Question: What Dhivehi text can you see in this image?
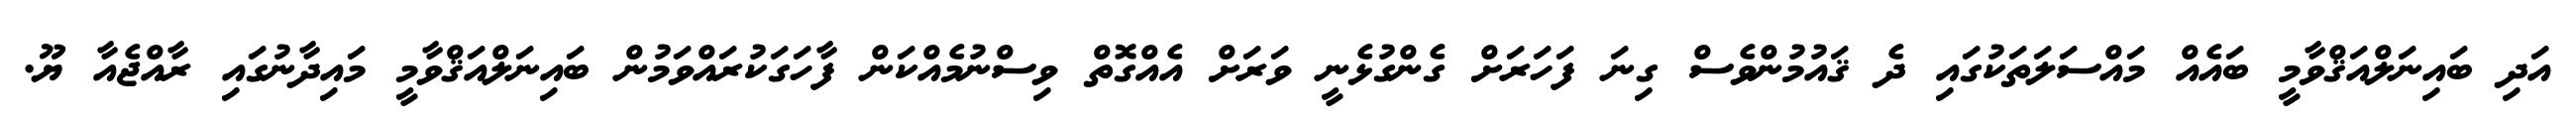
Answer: އަދި ބައިނަލްއަޤްވާމީ ބައެއް މައްސަލަތަކުގައި ދެ ޤައުމުންވެސް ގިނަ ފަހަރަށް ގެންގުޅެނީ ވަރަށް އެއްގޮތް ވިސްނުމެއްކަން ފާހަގަކުރައްވަމުން ބައިނަލްއަޤްވާމީ މައިދާނުގައި ރާއްޖެއާ ޔޫ.